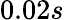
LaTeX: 0.02s